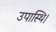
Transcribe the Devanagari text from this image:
उपास्थि।